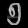
Digit: ၅